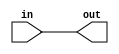
//------------------------------------------------------------------
//-- A simple wire that connects the input with the output
//-- In the icezum board this wire is for connecting the DIO 13 with
//-- the led0
//--
//-- This example has been tested on the following boards:
//--   * Icezum alhambra (https://github.com/FPGAwars/icezum)
//------------------------------------------------------------------

module simplewire(input  wire in,
                  output wire out);

//-- Wire: Connect the input with the output
assign out = in;

endmodule